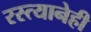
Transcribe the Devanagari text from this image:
रस्त्यानेही